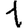
Digit: 1